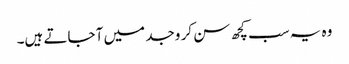
وہ یہ سب کچھ سن کر وجد میں آ جاتے ہیں۔